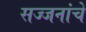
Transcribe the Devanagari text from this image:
सज्जनांचे